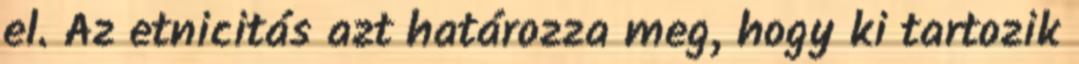
el. Az etnicitás azt határozza meg, hogy ki tartozik